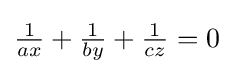
{\tfrac {1}{ax}}+{\tfrac {1}{by}}+{\tfrac {1}{cz}}=0